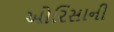
ઓરિસાની